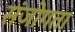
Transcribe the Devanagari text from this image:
संजोगता